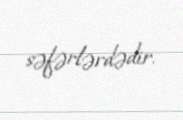
səfərlərdədir.